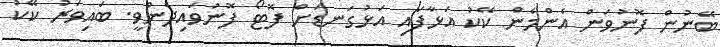
ބޭނުން ފޮނުވަން އެންމެން ކޭކު އަޅާފައި އަޅުގަނޑަށް ފޮޓޯ ފޮނުވައިދެންވީ. ބައިވަރު ކޭކު